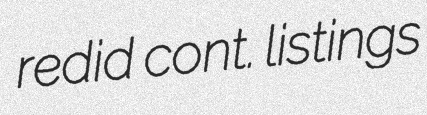
redid cont. listings